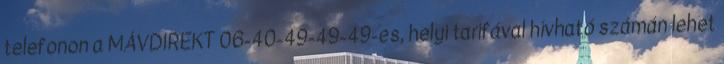
telefonon a MÁVDIREKT 06-40-49-49-49-es, helyi tarifával hívható számán lehet